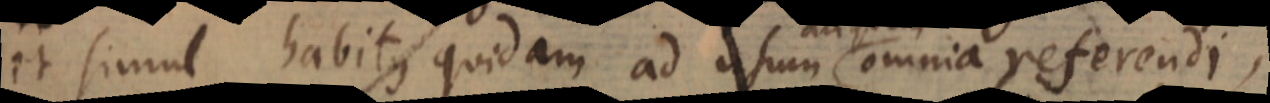
et simul habitus quidam ad usum aliquem omnia referendi,